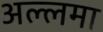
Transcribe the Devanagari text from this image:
अल्‍लमा